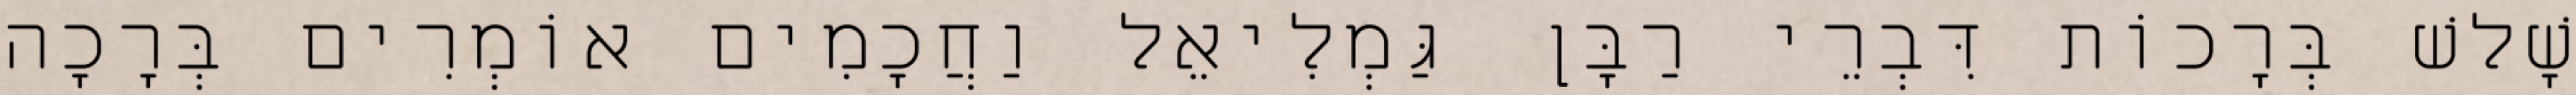
שָׁלשׁ בְּרָכוֹת דִּבְרֵי רַבָּן גַּמְלִיאֵל וַחֲכָמִים אוֹמְרִים בְּרָכָה